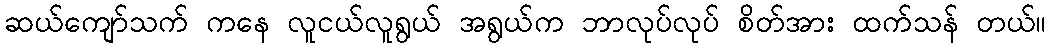
ဆယ်ကျော်သက် ကနေ လူငယ်လူရွယ် အရွယ်က ဘာလုပ်လုပ် စိတ်အား ထက်သန် တယ်။